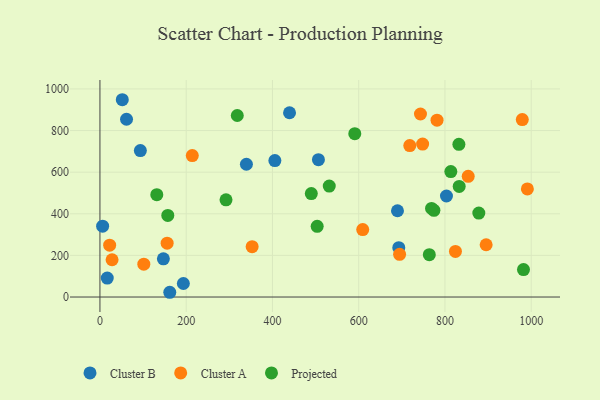
{"axis": {"x": "Engine Size", "y": "Fuel Efficiency"}, "legend": ["Cluster A", "Cluster B", "Projected"], "data": [{"x": "339.6", "y": 638.2, "type": "Cluster B"}, {"x": "193.4", "y": 64.9, "type": "Cluster B"}, {"x": "439.6", "y": 885.7, "type": "Cluster B"}, {"x": "506.6", "y": 659.9, "type": "Cluster B"}, {"x": "6.2", "y": 340.4, "type": "Cluster B"}, {"x": "689.9", "y": 414.5, "type": "Cluster B"}, {"x": "16.9", "y": 91.2, "type": "Cluster B"}, {"x": "51.8", "y": 948.2, "type": "Cluster B"}, {"x": "147.1", "y": 183.5, "type": "Cluster B"}, {"x": "161.9", "y": 22.8, "type": "Cluster B"}, {"x": "803.5", "y": 485.5, "type": "Cluster B"}, {"x": "692.9", "y": 237.0, "type": "Cluster B"}, {"x": "405.6", "y": 655.8, "type": "Cluster B"}, {"x": "93.7", "y": 704.0, "type": "Cluster B"}, {"x": "61.6", "y": 854.4, "type": "Cluster B"}, {"x": "748.2", "y": 734.9, "type": "Cluster A"}, {"x": "101.7", "y": 157.7, "type": "Cluster A"}, {"x": "991.1", "y": 519.7, "type": "Cluster A"}, {"x": "214.1", "y": 679.6, "type": "Cluster A"}, {"x": "979.3", "y": 852.6, "type": "Cluster A"}, {"x": "352.9", "y": 242.0, "type": "Cluster A"}, {"x": "28.1", "y": 179.2, "type": "Cluster A"}, {"x": "718.4", "y": 727.8, "type": "Cluster A"}, {"x": "694.8", "y": 205.1, "type": "Cluster A"}, {"x": "781.6", "y": 849.9, "type": "Cluster A"}, {"x": "22.5", "y": 249.3, "type": "Cluster A"}, {"x": "743.2", "y": 879.6, "type": "Cluster A"}, {"x": "609.3", "y": 324.2, "type": "Cluster A"}, {"x": "895.5", "y": 251.1, "type": "Cluster A"}, {"x": "155.8", "y": 258.8, "type": "Cluster A"}, {"x": "824.3", "y": 219.1, "type": "Cluster A"}, {"x": "853.9", "y": 580.1, "type": "Cluster A"}, {"x": "832.3", "y": 734.0, "type": "Projected"}, {"x": "292.3", "y": 467.0, "type": "Projected"}, {"x": "774.4", "y": 416.7, "type": "Projected"}, {"x": "878.5", "y": 403.3, "type": "Projected"}, {"x": "531.7", "y": 533.4, "type": "Projected"}, {"x": "763.7", "y": 203.7, "type": "Projected"}, {"x": "833.0", "y": 531.7, "type": "Projected"}, {"x": "318.4", "y": 872.5, "type": "Projected"}, {"x": "131.8", "y": 492.1, "type": "Projected"}, {"x": "768.9", "y": 425.6, "type": "Projected"}, {"x": "490.1", "y": 497.2, "type": "Projected"}, {"x": "982.1", "y": 132.0, "type": "Projected"}, {"x": "590.9", "y": 785.1, "type": "Projected"}, {"x": "813.6", "y": 602.8, "type": "Projected"}, {"x": "503.7", "y": 339.8, "type": "Projected"}, {"x": "157.3", "y": 392.3, "type": "Projected"}]}